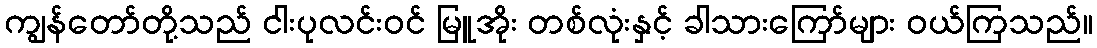
ကျွန်တော်တို့သည် ငါးပုလင်းဝင် မြူအိုး တစ်လုံးနှင့် ခါသားကြော်များ ဝယ်ကြသည်။